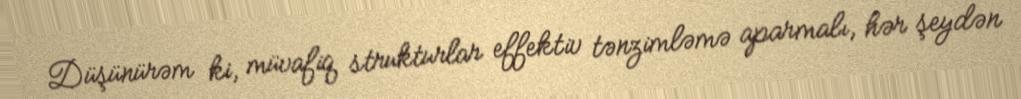
Düşünürəm ki, müvafiq strukturlar effektiv tənzimləmə aparmalı, hər şeydən